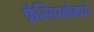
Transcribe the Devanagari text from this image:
फ्रॅन्सिस्कोमध्ये